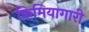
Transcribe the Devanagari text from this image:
किमियागारी